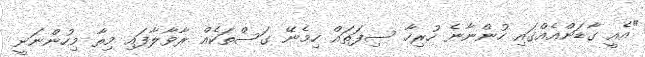
"އެއީ ގާޑަންއެއްގައި ހުންނާނެ ހުރިހާ ސިފަތައް ހިމެނޭ ގަސްތަކެއް ރާވާލާފައި މިތާ މިހުންނަނީ